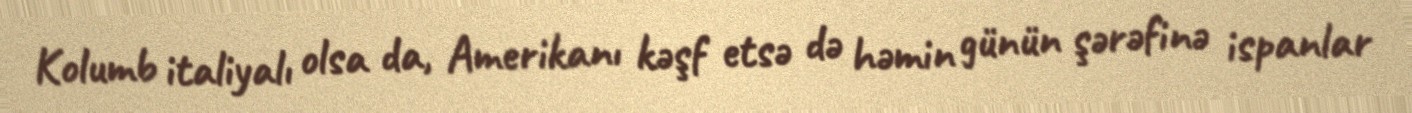
Kolumb italiyalı olsa da, Amerikanı kəşf etsə də həmin günün şərəfinə ispanlar